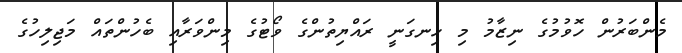
މެންބަރުން ހޮވުމުގެ ނިޒާމު މި ހިނގަނީ ރައްޔިތުންގެ ވޯޓުގެ މިންވަރާއި ބެހުންތައް މަޖިލިހުގެ